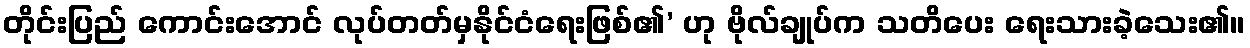
တိုင်းပြည် ကောင်းအောင် လုပ်တတ်မှနိုင်ငံရေးဖြစ်၏’ ဟု ဗိုလ်ချုပ်က သတိပေး ရေးသားခဲ့သေး၏။